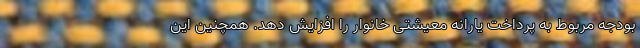
بودجه مربوط به پرداخت یارانه معیشتی خانوار را افزایش دهد. همچنین این